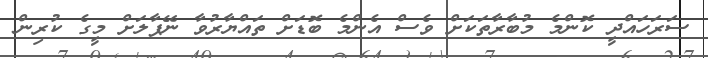
ސަރަހައްދީ ކޮންމެ މުބާރާތަކަށް ވެސް އެންމެ ބޮޑަށް ތައްޔާރުވާ ނޭޕާލަށް މީގެ ކުރިން